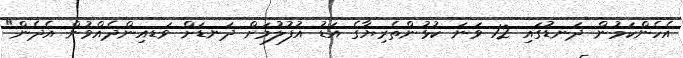
އެހެންކަމުން ދަނޑުގައި 12 ވަނަ ކުޅުންތެރިޔާގެ އަޑު އުފުލުމަށް ދަނޑަށް ވަޑއިންދެއްވުން އެދެން"